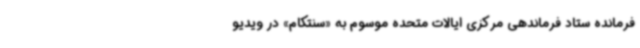
فرمانده ستاد فرماندهی مرکزی ایالات متحده موسوم به «سنتکام» در ویدیو